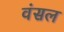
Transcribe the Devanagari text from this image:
वंसल